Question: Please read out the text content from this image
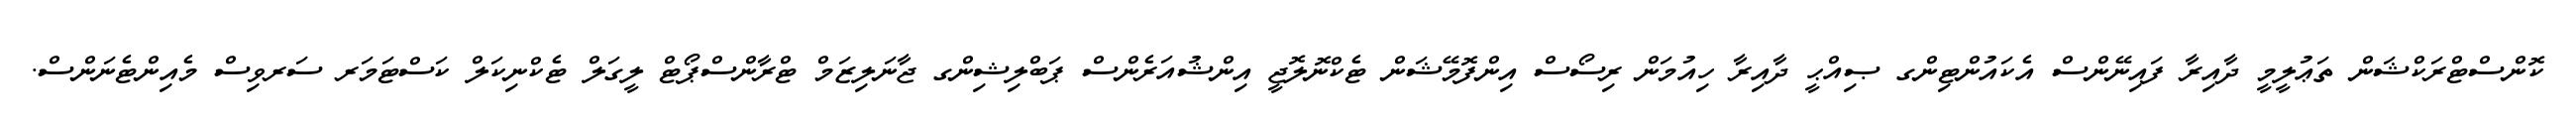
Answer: ކޮންސްޓްރަކްޝަން ތަޢުލީމީ ދާއިރާ ފައިނޭންސް އެކައުންޓިންގ ޞިއްޙީ ދާއިރާ ހިއުމަން ރިސޯސް އިންފޮމޭޝަން ޓެކްނޮލޮޖީ އިންޝުއަރެންސް ޕަބްލިޝިންގ ޖާނަލިޒަމް ޓްރާންސްޕޯޓް ލީގަލް ޓެކްނިކަލް ކަސްޓަމަރ ސަރވިސް މެއިންޓެނަންސް.